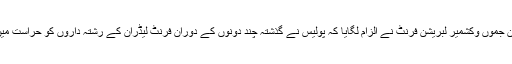
اِس دوران جموں وکشمیر لبریشن فرنٹ نے الزام لگایا کہ پولیس نے گذشتہ چند دونوں کے دوران فرنٹ لیڈران کے رشتہ داروں کو حراست میں لے لیا۔